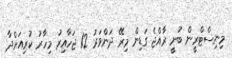
މިނިސްޓްރީން ބުނީ ރާއްޖެ ގަޑިން މިރޭ ދަންވަރު 12 ޖަހާއިރު މިހާރު ކުރިއަށްދާ